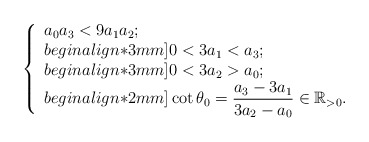
\begin{align*}\left\{\begin{array}{ll}a_0a_3 < 9 a_1 a_2;\\begin{align*}3mm]0<3a_1< a_3;\\begin{align*}3mm]0<3a_2>a_0;\\begin{align*}2mm]\cot\theta_0= \displaystyle\frac{a_3-3a_1}{3a_2-a_0}\in \mathbb{R}_{>0}.\end{array}\right.\end{align*}